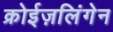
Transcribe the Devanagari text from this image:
क्रोईज़लिंगेन